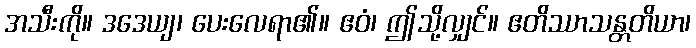
အသီးကို။ ဒဒေယျ၊ ပေးလေရာ၏။ ဧဝံ၊ ဤသို့လျှင်။ ဧတိဿာသန္တတိယာ၊